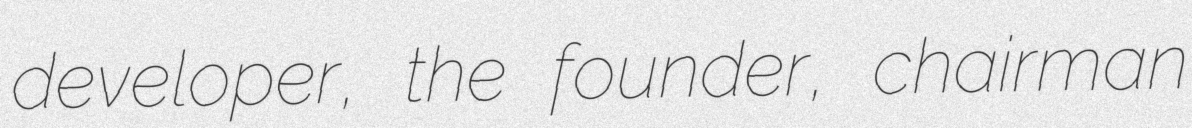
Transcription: developer, the founder, chairman